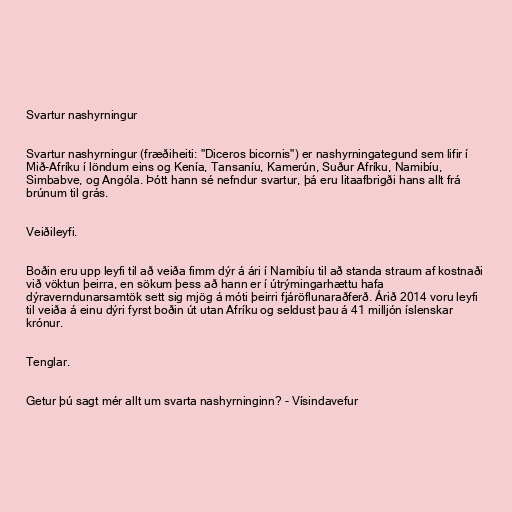
Svartur nashyrningur

Svartur nashyrningur (fræðiheiti: "Diceros bicornis") er nashyrningategund sem lifir í
Mið-Afríku í löndum eins og Kenía, Tansaníu, Kamerún, Suður Afríku, Namibíu,
Simbabve, og Angóla. Þótt hann sé nefndur svartur, þá eru litaafbrigði hans allt frá
brúnum til grás.

Veiðileyfi.

Boðin eru upp leyfi til að veiða fimm dýr á ári í Namibíu til að standa straum af kostnaði
við vöktun þeirra, en sökum þess að hann er í útrýmingarhættu hafa
dýraverndunarsamtök sett sig mjög á móti þeirri fjáröflunaraðferð. Árið 2014 voru leyfi
til veiða á einu dýri fyrst boðin út utan Afríku og seldust þau á 41 milljón íslenskar
krónur.

Tenglar.

Getur þú sagt mér allt um svarta nashyrninginn? - Vísindavefur